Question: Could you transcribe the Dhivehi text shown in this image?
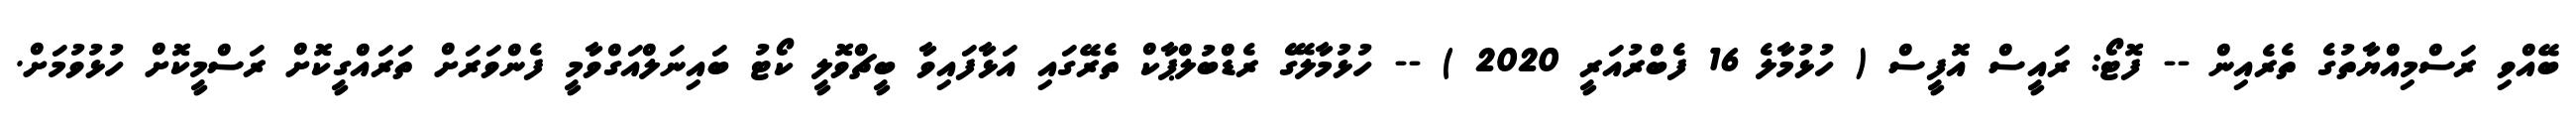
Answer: ބޭއްވި ރަސްމިއްޔާތުގެ ތެރެއިން -- ފޮޓޯ: ރައީސް އޮފީސް ( ހުޅުމާލެ 16 ފެބްރުއަރީ 2020 ) -- ހުޅުމާލޭގެ ރެޑްބުލްޕާކް ތެރޭގައި އަޅާފައިވާ ބީޗްވޮލީ ކޯޓު ބައިނަލްއަގްވާމީ ފެންވަރަށް ތަރައްގީކޮށް ރަސްމީކޮށް ހުޅުވުމަށް.